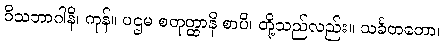
ဝိသဘာဂါနိ၊ ကုန်။ ပဌမ စတုတ္ထာနိ စာပိ၊ တို့သည်လည်း။ သင်္ခတတော၊